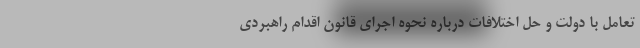
تعامل با دولت و حل اختلافات درباره نحوه اجرای قانون اقدام راهبردی